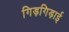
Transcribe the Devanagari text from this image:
गिड़गिड़ाई